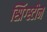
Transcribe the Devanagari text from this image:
स्प्रिंग्स्टीन